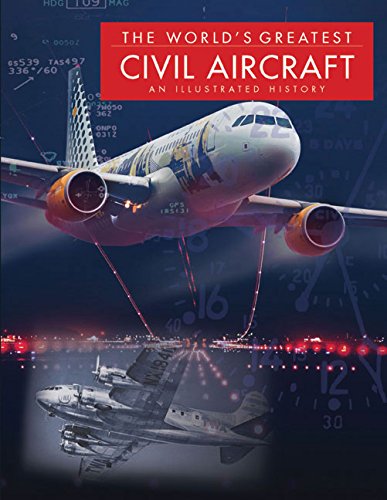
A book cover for The World's Greatest Civil Aircraft: An Illustrated History; Paul E. Eden; Arts & Photography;